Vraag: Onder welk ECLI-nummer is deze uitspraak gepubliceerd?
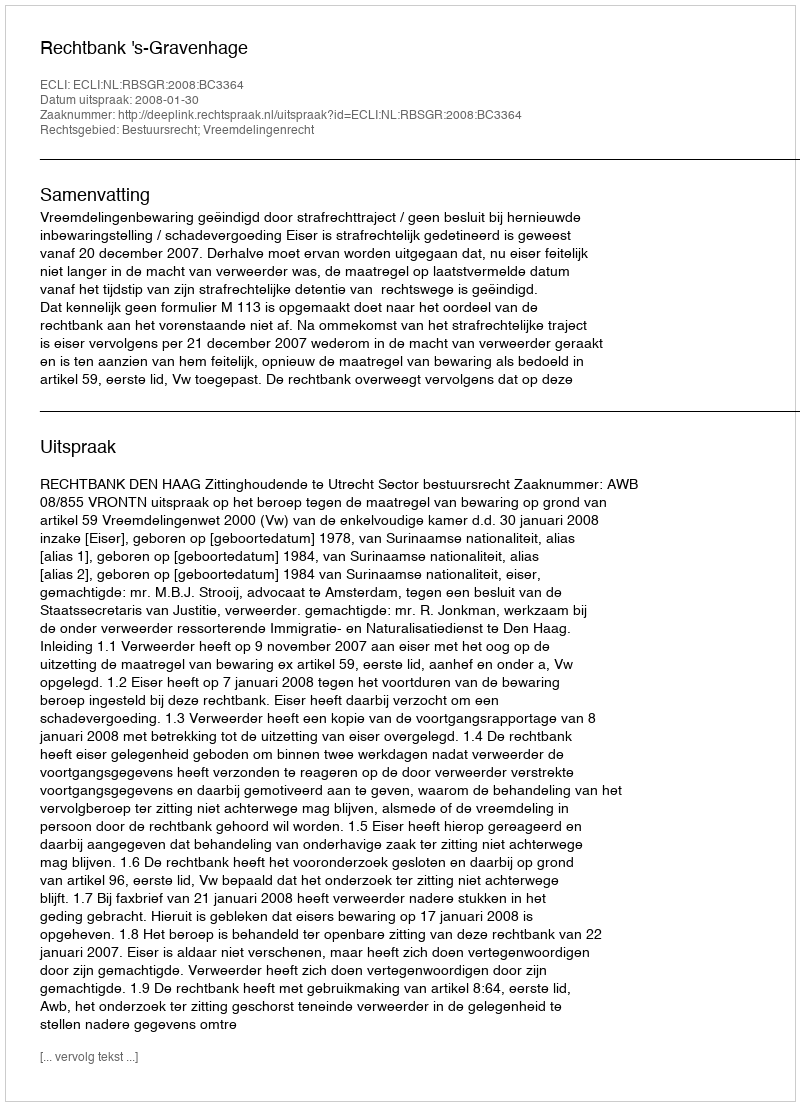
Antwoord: ECLI:NL:RBSGR:2008:BC3364